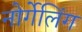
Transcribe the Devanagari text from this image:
नोर्गेलिंग